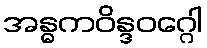
အန္ဓကဝိန္ဒဝဂ္ဂေါ